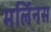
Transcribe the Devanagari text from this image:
मर्लिनस